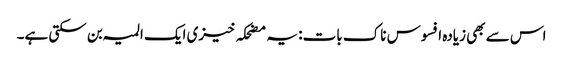
اس سے بھی زیادہ افسوس ناک بات: یہ مضحکہ خیزی ایک المیہ بن سکتی ہے۔